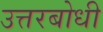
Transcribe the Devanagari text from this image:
उत्तरबोधी